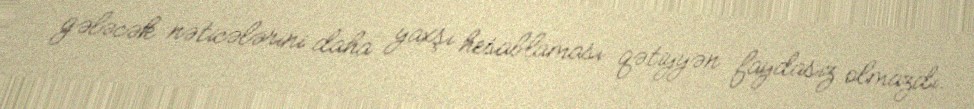
gələcək nəticələrini daha yaxşı hesablaması qətiyyən faydasız olmazdı.